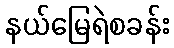
နယ်မြေရဲစခန်း